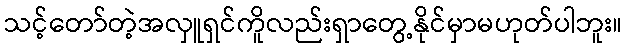
သင့်တော်တဲ့အလှူရှင်ကိူလည်းရှာတွေ့နိုင်မှာမဟုတ်ပါဘူး။